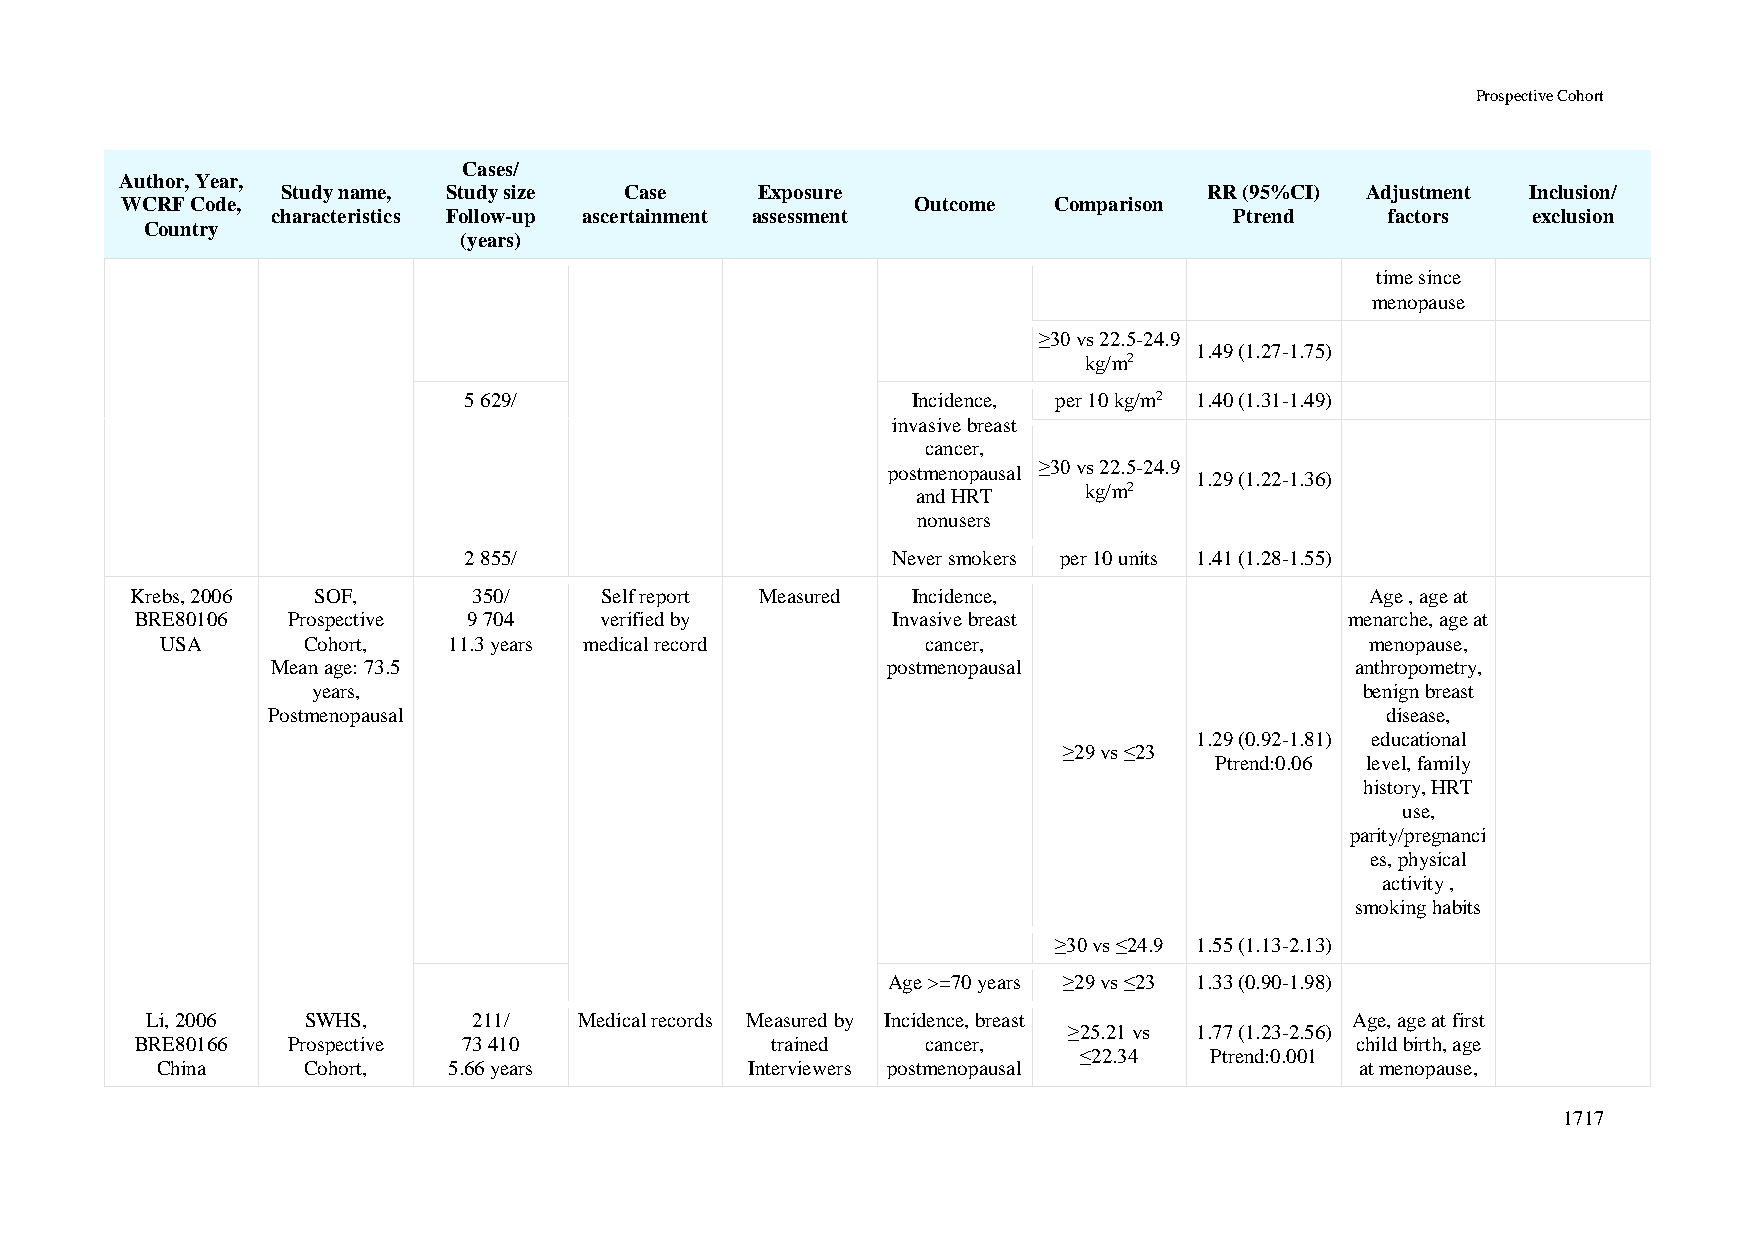
Prospective Cohort
 Cases/
 Author, Year,
 Study name, Study size Case    Exposure                      RR (95%CI) Adjustment Inclusion/
 WCRF Code,                                           Outcome  Comparison
 characteristics Follow-up ascertainment assessment              Ptrend    factors  exclusion
 Country
 (years)
 time since
 menopause
 ≥30 vs 22.5-24.9
 1.49 (1.27-1.75)
 kg/m2
 5 629/                       Incidence, per 10 kg/m2 1.40 (1.31-1.49)
 invasive breast
 cancer,
 postmenopausal ≥30 vs 22.5-24.9
 1.29 (1.22-1.36)
 and HRT
 kg/m2
 nonusers
 2 855/                      Never smokers per 10 units 1.41 (1.28-1.55)
 Krebs, 2006 SOF,      350/     Self report Measured Incidence,                    Age , age at
 BRE80106  Prospective 9 704    verified by        Invasive breast               menarche, age at
 USA      Cohort,   11.3 years medical record      cancer,                       menopause,
 Mean age: 73.5                           postmenopausal                 anthropometry,
 years,                                                               benign breast
 Postmenopausal                                                            disease,
 1.29 (0.92-1.81) educational
 ≥29 vs ≤23
 Ptrend:0.06 level, family
 history, HRT
 use,
 parity/pregnanci
 es, physical
 activity ,
 smoking habits
 ≥30 vs ≤24.9 1.55 (1.13-2.13)
 Age >=70 years ≥29 vs ≤23 1.33 (0.90-1.98)
 Li, 2006  SWHS,      211/   Medical records Measured by Incidence, breast       Age, age at first
 ≥25.21 vs 1.77 (1.23-2.56)
 BRE80166  Prospective 73 410              trained   cancer,                      child birth, age
 ≤22.34   Ptrend:0.001
 China     Cohort,   5.66 years          Interviewers postmenopausal             at menopause,
 1717